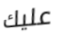
عليك